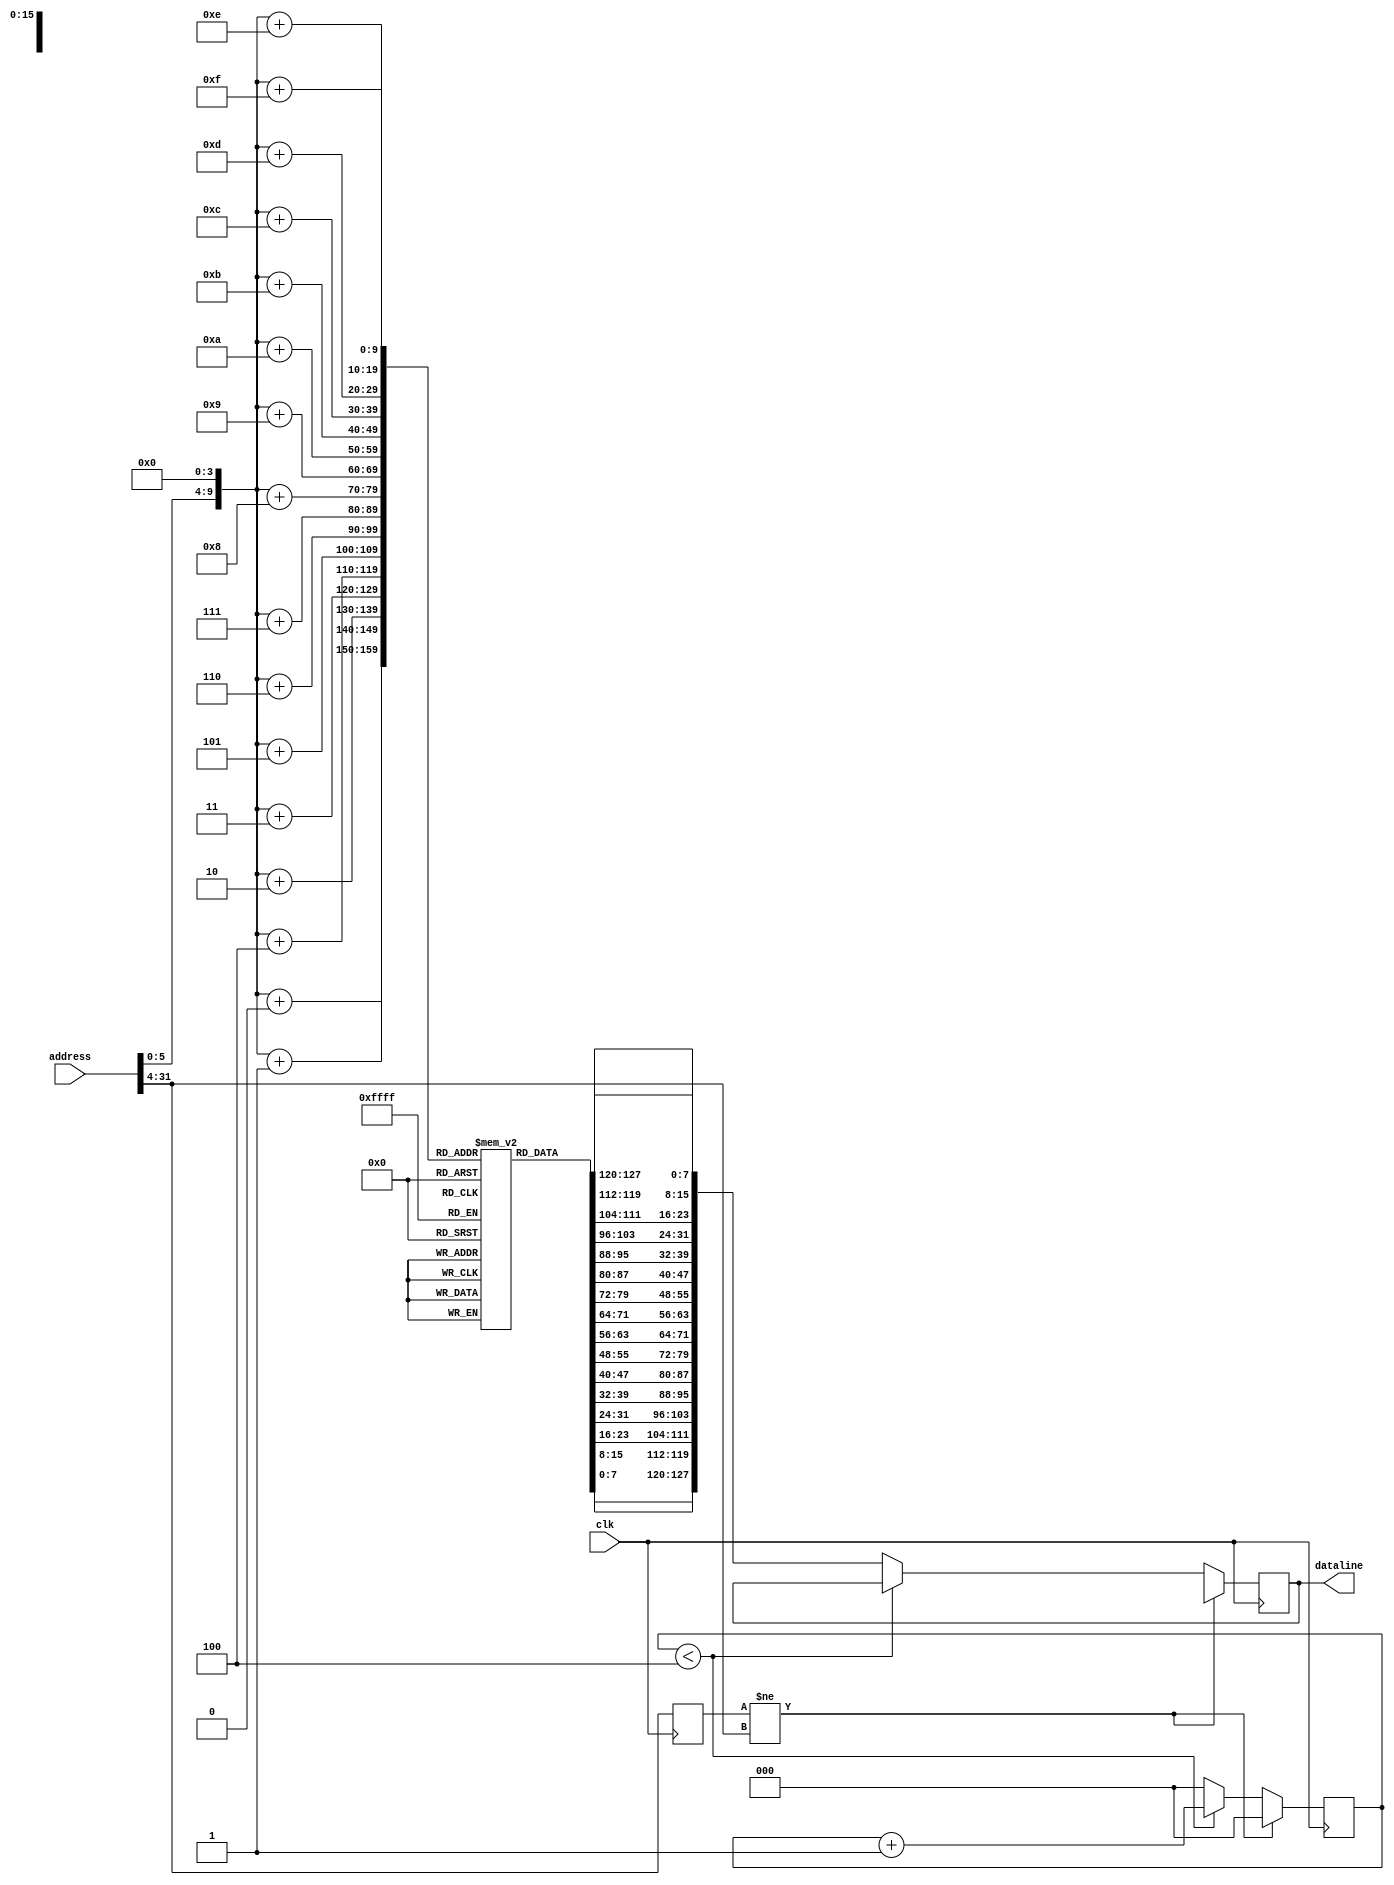
`timescale 1ns / 1ps

module inst_mem (
	input [31:0] address,
	input clk,
	output reg [127:0] dataline
	);
	
	integer i;
	reg [2:0] counter;								//	A counter to mimic the delay.  
	reg [7:0] mem [0:1023];							// 8-bit memory with 1024 entries.
	reg [31:0] address_copy;						//	A copy of address for iterating through the instruction memory.
	reg [27:0] address_authentic_bits;			//	A reg to store the top 28 bits we care about.
	
	initial begin
		//	Initializing the counter.
		counter = 3'b000;
		
		
		
		/*VERY IMPORTANT*/
		// Change this part accordingly to the instruction you wish to test.
		// Here are some tests.
		
		// 1. beq: compares register 16 & 1
		/*for (i = 0; i < 256; i=i+1) begin
			mem[4*i + 0] = 8'b11100000;
			mem[4*i + 1] = 8'b00000000;
			mem[4*i + 2] = 8'b00110000;
			mem[4*i + 3] = 8'b00011000;
		end*/
		
		// 2. bgt: compares register 16 & 1
		/*for (i = 0; i < 256; i=i+1) begin
			mem[4*i + 0] = 8'b11100000;
			mem[4*i + 1] = 8'b00000000;
			mem[4*i + 2] = 8'b00110000;
			mem[4*i + 3] = 8'b00100000;
		end*/
		
		// 3. bge: compares register 16 & 1
		/*for (i = 0; i < 256; i=i+1) begin
			mem[4*i + 0] = 8'b11100000;
			mem[4*i + 1] = 8'b00000000;
			mem[4*i + 2] = 8'b00000001;
			mem[4*i + 3] = 8'b00100110;
		end*/
		
		// 4. blt: compares register 16 & 1
		/*for (i = 0; i < 256; i=i+1) begin
			mem[4*i + 0] = 8'b11100000;
			mem[4*i + 1] = 8'b00000000;
			mem[4*i + 2] = 8'b00000001;
			mem[4*i + 3] = 8'b00101010;
		end
		*/
		
		// 5. ble: compares register 16 & 1
		/*for (i = 0; i < 256; i=i+1) begin
			mem[4*i + 0] = 8'b11100000;
			mem[4*i + 1] = 8'b00000000;
			mem[4*i + 2] = 8'b00000001;
			mem[4*i + 3] = 8'b00101110;
		end*/
		
		// 6. bne: compares register 16 & 1
		/*for (i = 0; i < 256; i=i+1) begin
			mem[4*i + 0] = 8'b11100000;
			mem[4*i + 1] = 8'b00000000;
			mem[4*i + 2] = 8'b00000001;
			mem[4*i + 3] = 8'b00110010;
		end*/
		
		// 7. j
		/*for (i = 0; i < 256; i=i+1) begin
			mem[4*i + 0] = 8'b11111100;
			mem[4*i + 1] = 8'b11111111;
			mem[4*i + 2] = 8'b11111111;
			mem[4*i + 3] = 8'b00110111;
		end*/

		// 8. jal
		for (i = 0; i < 256; i=i+1) begin
			mem[4*i + 0] = 8'b11111100;
			mem[4*i + 1] = 8'b11111111;
			mem[4*i + 2] = 8'b11111111;
			mem[4*i + 3] = 8'b00111011;
		end
		
		// 9. addi: reg[3] = reg[31] + 2
		/*for (i = 0; i < 256; i=i+1) begin
			mem[4*i + 0] = 8'b00000010;
			mem[4*i + 1] = 8'b00000000;
			mem[4*i + 2] = 8'b11100011;
			mem[4*i + 3] = 8'b00111111;
		end*/
		
		// 10. multi: reg[3] = reg[31] * 2
		/*for (i = 0; i < 256; i=i+1) begin
			mem[4*i + 0] = 8'b00000001;
			mem[4*i + 1] = 8'b00000000;
			mem[4*i + 2] = 8'b11100011;
			mem[4*i + 3] = 8'b00111111;
		end*/
		
		// 11. divi: reg[3] = reg[2] / 2
		/*for (i = 0; i < 256; i=i+1) begin
			mem[4*i + 0] = 8'b00000010;
			mem[4*i + 1] = 8'b00000000;
			mem[4*i + 2] = 8'b01000011;
			mem[4*i + 3] = 8'b01000000;
		end*/

	end


	always @(posedge clk) begin
		
		// Checking whether the top 28-bit have changed or not:
		// 	If true, dumps the loaded values, and starts everything anew;
		//		If not, continues.
		if (address_authentic_bits != address[31:4]) begin
			counter = 3'b000;
			dataline = 128'bX;
		end
      
		//	Checking whether counter has surpassed the value of 5 or not.
		// If not, it increments the value of counter and waits for the next clock, and in so doing, serves the function of a delay.
		else if (counter < 3'b100) begin 
			counter = counter + 3'b001;
		end
		
		else begin
			//	Left-shifting the address by 4 bits, since we only need the top 28 bits. The other 4 bits are zero.
			address_copy = address << 4;
			
			//	Iterating through and reading from the instruction memory and copying the values to dataline.
			// Kepp in mind that: 16 * 8 = 128.
			dataline = 128'b0;
			for (i = 0; i < 16; i = i+1) begin
				dataline = {mem[address_copy+i], dataline[127:8]};
			end
			
			//	Resetting the counter.
			counter = 3'b000;
		end
		
		//	Updating the authentic 28 bits for the next time use.
		address_authentic_bits = address[31:4];
      		
	end

endmodule